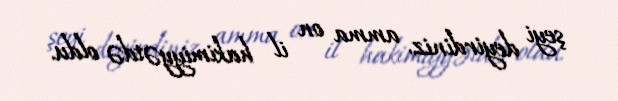
şeyi deyirdiniz, amma on il hakimiyyətdə oldu.